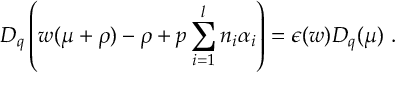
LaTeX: D _ { q } \left( w ( \mu + \rho ) - \rho + p \sum _ { i = 1 } ^ { l } n _ { i } \alpha _ { i } \right) = \epsilon ( w ) D _ { q } ( \mu ) ~ .